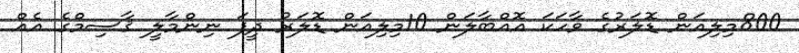
800މިލިއަން ޑޮލަރުގެ ވާހަކަ އޮއްބާލަން 10މިލިއަން ޑޮލަރު ދީފަ ނިންމާލީ ޤާސިމްގެ އެއް